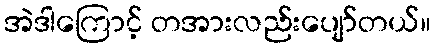
အဲဒါကြောင့် တအားလည်းပျော်တယ်။